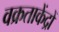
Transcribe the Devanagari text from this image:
वक्रताकेंद्रों